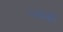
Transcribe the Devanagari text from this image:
प्ल्वकों